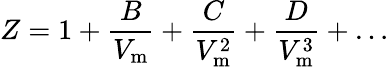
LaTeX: Z=1+{\frac{B}{V_{\mathrm{m}}}}+{\frac{C}{V_{\mathrm{m}}^{2}}}+{\frac{D}{V_{\mathrm{m}}^{3}}}+\dots